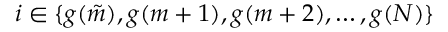
i \in \{ g ( \tilde { m } ) , g ( m + 1 ) , g ( m + 2 ) , \ldots , g ( N ) \}